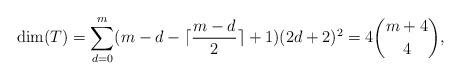
LaTeX: \begin{align*}{\rm dim}(T)&=\sum^m_{d=0}(m-d-\lceil\frac{m-d}{2}\rceil+1)(2d+2)^2=4{m+4\choose 4},\end{align*}